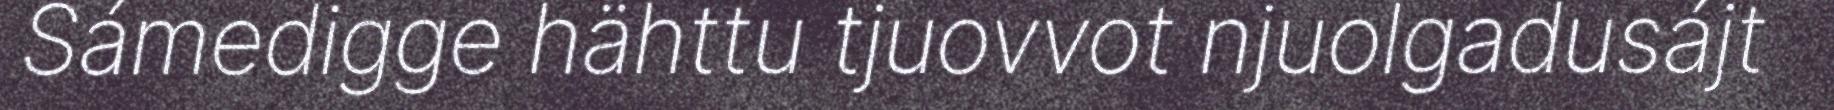
Sámedigge hähttu tjuovvot njuolgadusájt